Insane asylums in Bengal annual reports 1867-1875 - 1867-1875
Year: 1867
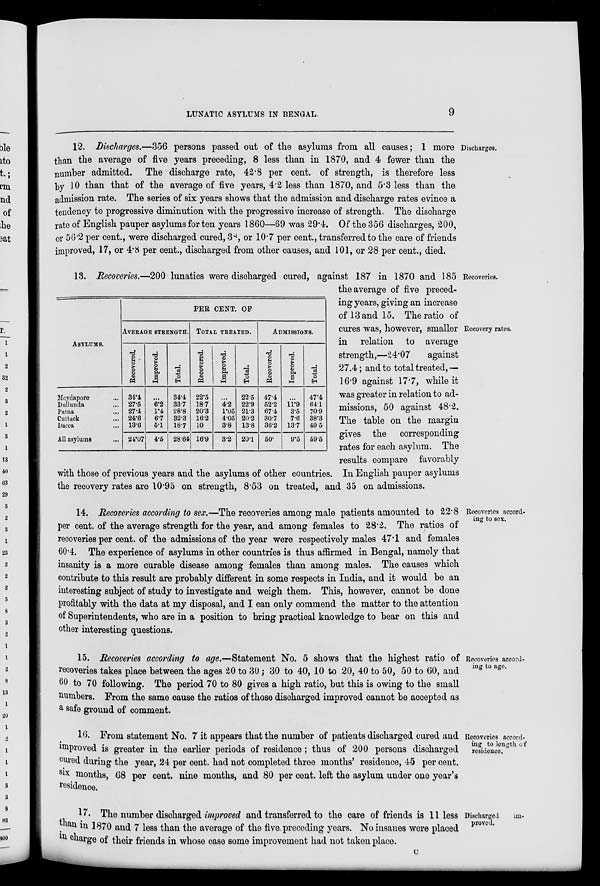
LUNATIC ASYLUMS IN BENGAL.
9
Discharges.
12. Discharges.—356 persons passed out of the asylums from all causes; 1 more
than the average of five years preceding, 8 less than in 1870, and 4 fewer than the
number admitted. The discharge rate, 42.8 per cent. of strength, is therefore less
by 10 than that of the average of five years, 4.2 less than 1870, and 5.3 less than the
admission rate. The series of six years shows that the admission and discharge rates evince a
tendency to progressive diminution with the progressive increase of strength. The discharge
rate of English pauper asylums for ten years 1860—69 was 29.4. Of the 356 discharges, 200,
or 56.2 per cent., were discharged cured, 38, or 10.7 per cent., transferred to the care of friends
improved, 17, or 4.8 per cent., discharged from other causes, and 101, or 28 per cent., died.
ASYLUMS.
Moydapore ...
Dullunda ...
Patna ...
Cuttack ...
Dacca ...
All asylums ...
PER CENT. OF
AVERAGE STRENGTH.
Recovered.
34.4
27.5
27.4
24.6
13.6
24.07
Improved.
...
6.2
1.4
6.7
5.1
4.5
Total.
34.4
33.7
28.8
32.3
18.7
28.64
TOTAL TREATED.
Recovered.
22.5
187
20.3
16.2
10
16.9
Improved.
...
4.2
1.05
4.05
3.8
3.2
Total.
22.5
22.9
21.3
20.2
13.8
20.1
ADMISSIONS.
Recovered.
47.4
52.2
67.4
30.7
36.2
50.
Improved.
...
11.9
3.5
7.6
13.7
9.5
Total.
47.4
64.1
70.9
38.3
49.5
59.5
Recoveries.
Recovery rates.
13. Recoveries.—200 lunatics were discharged cured, against 187 in 1870 and 185
the average of five preced-
ing years, giving an increase
of 13 and 15. The ratio of
cures was, however, smaller
in relation to average
strength,—24.07
against
27.4; and to total treated,—
16.9 against 17.7, while it
was greater in relation to ad-
missions, 50 against 48.2.
The table on the margin
gives the corresponding
rates for each asylum. The
results compare favorably
with those of previous years and the asylums of other countries. In English pauper asylums
the recovery rates are 10.95 on strength, 8.53 on treated, and 35 on admissions.
Recoveries accord-
ing to sex.
14. Recoveries according to sex.—The recoveries among male patients amounted to 22.8
per cent. of the average strength for the year, and among females to 28.2. The ratios of
recoveries per cent. of the admissions of the year were respectively males 47.1 and females
60.4. The experience of asylums in other countries is thus affirmed in Bengal, namely that
insanity is a more curable disease among females than among males. The causes which
contribute to this result are probably different in some respects in India, and it would be an
interesting subject of study to investigate and weigh them. This, however, cannot be done
profitably with the data at my disposal, and I can only commend the matter to the attention
of Superintendents, who are in a position to bring practical knowledge to bear on this and
other interesting questions.
Recoveries accord-
ing to ago.
15. Recoveries according to age.—Statement No. 5 shows that the highest ratio of
recoveries takes place between the ages 20 to 30 ; 30 to 40, 10 to 20, 40 to 50, 50 to 60, and
60 to 70 following. The period 70 to 80 gives a high ratio, but this is owing to the small
numbers. From the same cause the ratios of those discharged improved cannot be accepted as
a safe ground of comment.
Recoveries accord-
ing to length of
residence.
16. From statement No. 7 it appears that the number of patients discharged cured and
improved is greater in the earlier periods of residence; thus of 200 persons discharged
cured during the year, 24 per cent. had not completed three months' residence, 45 per cent.
six months, 68 per cent. nine months, and 80 per cent. left the asylum under one year's
residence.
Discharged
im-
proved.
17. The number discharged improved and transferred to the care of friends is 11 less
than in 1870 and 7 less than the average of the five preceding years. No insanes were placed
in charge of their friends in whose case some improvement had not taken place.
c